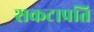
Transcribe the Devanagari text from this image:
शकटाप्रति